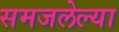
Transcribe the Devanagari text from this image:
समजलेल्या